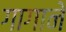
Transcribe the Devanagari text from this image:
गागाने